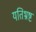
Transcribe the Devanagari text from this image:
यतिभ्रष्ट